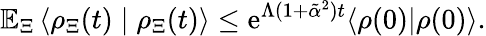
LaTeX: \mathbb{E}_{\Xi}\left\langle\rho_{\Xi}(t)\mid\rho_{\Xi}(t)\right\rangle\le\mathrm{e}^{\Lambda(1+\tilde{\alpha}^{2})t}\langle\rho(0)|\rho(0)\rangle.